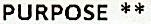
PURPOSE **